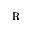
\textrecipe